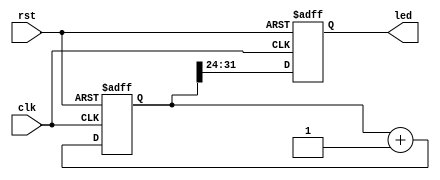
`timescale 1ns / 1ps
//////////////////////////////////////////////////////////////////////////////////
// Company: 
// Engineer: 
// 
// Design Name: 
// Module Name: test
// Project Name: 
// Target Devices: 
// Tool Versions: 
// Description: 
// 
// Dependencies: 
// 
// Revision:
// Revision 0.01 - File Created
// Additional Comments:
// 
//////////////////////////////////////////////////////////////////////////////////


module test(
    input clk,
    input rst,
    output reg [7:0] led
    );
    reg [31:0] counter;

    always@(posedge clk or posedge rst)
    begin
        if (rst == 1)
        begin
            counter <= 30'b0;
        end
        else begin
            counter <= counter + 30'b1;
        end
    end
    always@(posedge clk or posedge rst)
    begin
        if (rst == 1)
        begin
            led <= 8'haa;
        end

        else
        begin
            led <= {counter[31],counter[30],counter[29],counter[28],counter[27],counter[26],counter[25],counter[24]}; 
        end

    end
endmodule